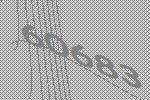
60683